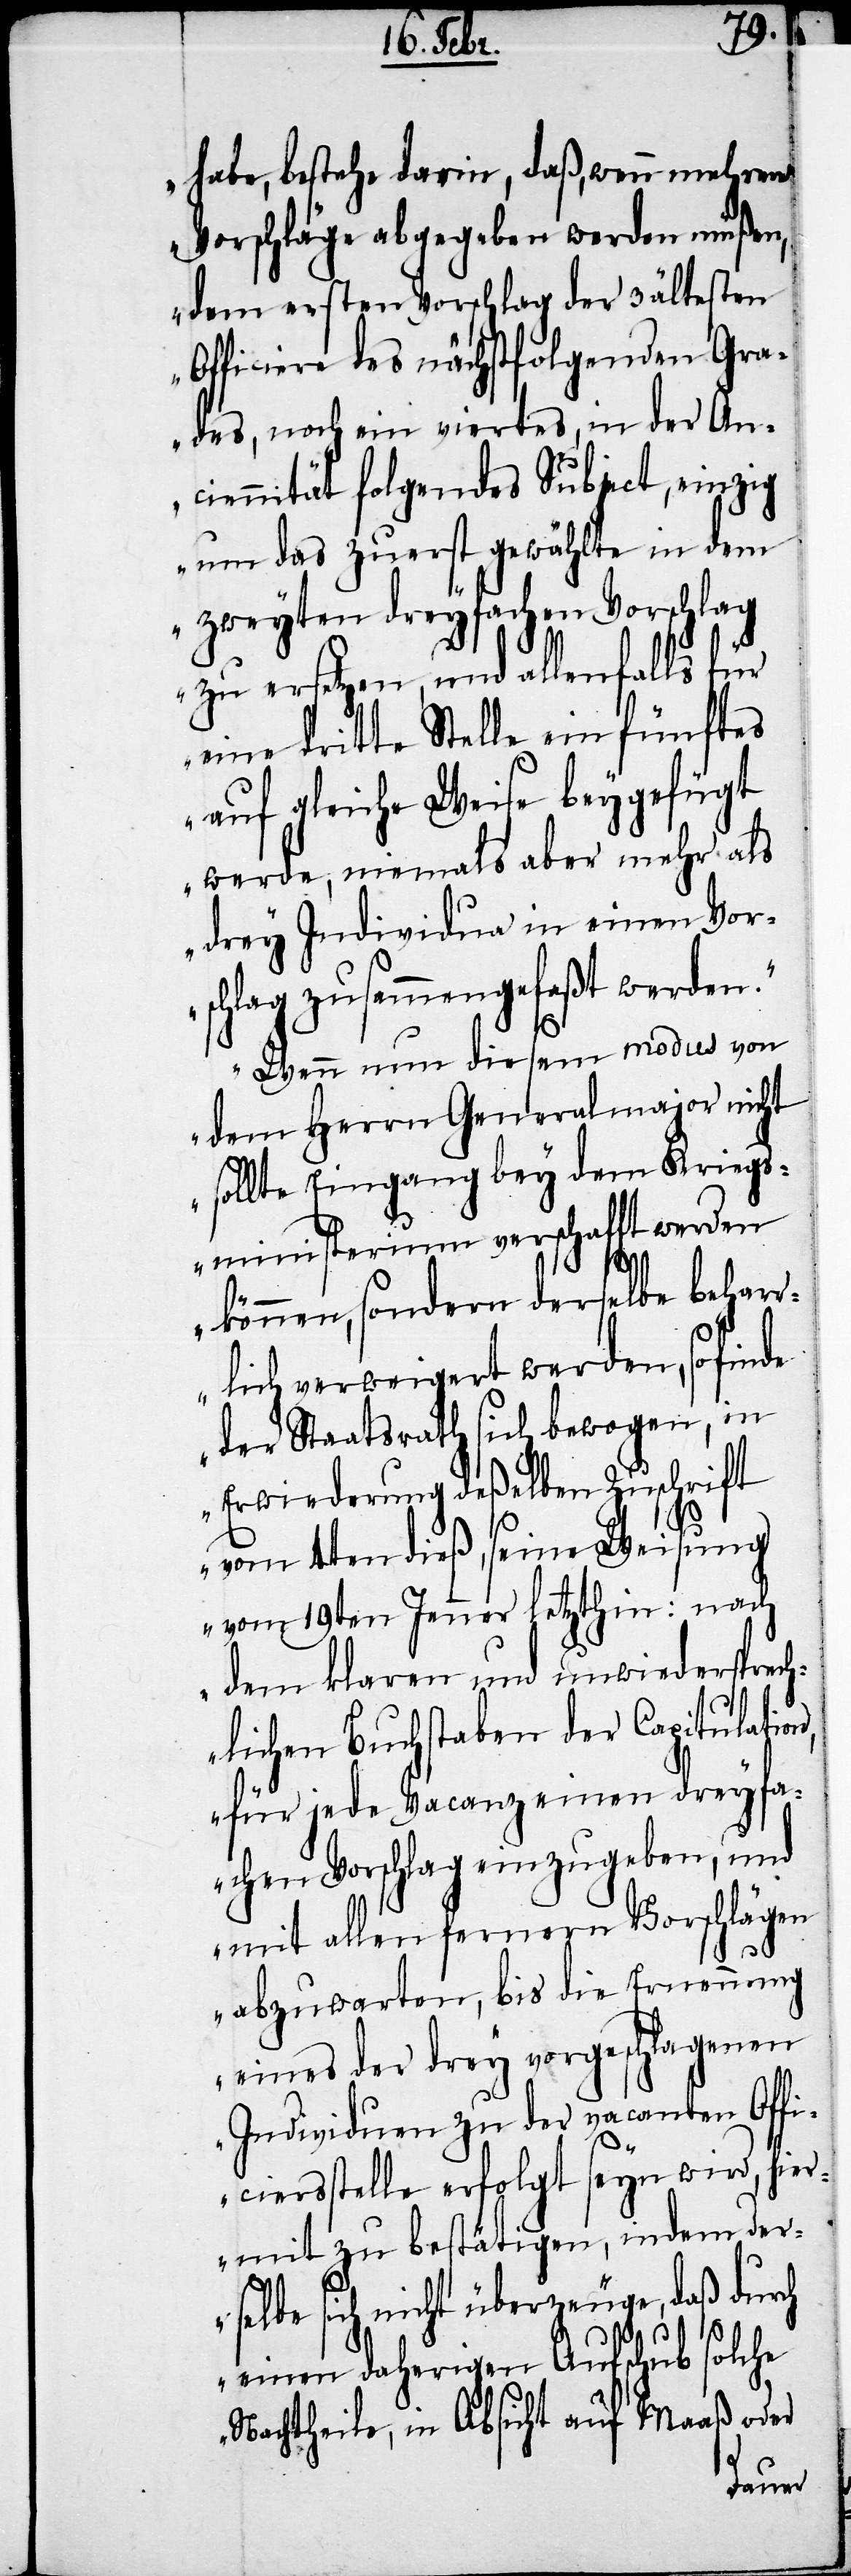
habe, bestehe darin, daß, wenn mehrere
Vorschläge abgegeben werden müßen,
dem ersten Vorschlag der 3 ältesten
Officiere des nächstfolgenden Gra¬
des, noch ein viertes, in der An¬
ciennität folgendes Subject, einzig
um das zuerst gewählte in dem
zweyten dreyfachen Vorschlag
zu ersetzen, und allenfalls für
eine dritte Stelle ein fünftes
auf gleiche Weise beygefügt
werde, niemals aber mehr als
drey Individua in einen Vor¬
schlag zusammengefaßt werden.
Wenn nun diesem modus von
dem Herrn Generalmajor nicht
sollte Eingang bey dem Kriegs¬
ministerium verschafft werden
können, sondern derselbe behar¬
rlich verweigert werden, so finde
der Staatsrath sich bewogen, in
Erwiederung deßelben Zuschrift
vom 4ten dieß, seine Weisung
vom 19ten Jenner letzthin: nach
dem klaren und unwiedersprech¬
lichen Buchstaben der Capitulation,
für jede Vacanz einen dreyfa¬
chen Vorschlag einzugeben, und
mit allen fernern Vorschlägen
abzuwarten, bis die Ernennung
eines der drey vorgeschlagenen
Individuen zu der vacanten Offi¬
ciersstelle erfolgt seyn wird, hie¬
rmit zu bestätigen, indem der¬
selbe sich nicht überzeuge, daß durch
einen daherigen Aufschub solche
Nachtheile, in Absicht auf Maaß oder